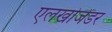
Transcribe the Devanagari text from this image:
एलखोजेंडर